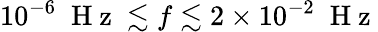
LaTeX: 10^{-6}\; \mathrm{~H~z~}\lesssim f\lesssim 2\times 10^{-2}\; \mathrm{~H~z~}